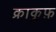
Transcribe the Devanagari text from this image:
क्राकुफ़